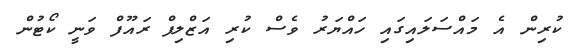
ކުރިން އެ މައްސަލައިގައި ހައްޔަރު ވެސް ކުރި އަޒްލިފް ރައޫފް ވަނީ ކޯޓުން